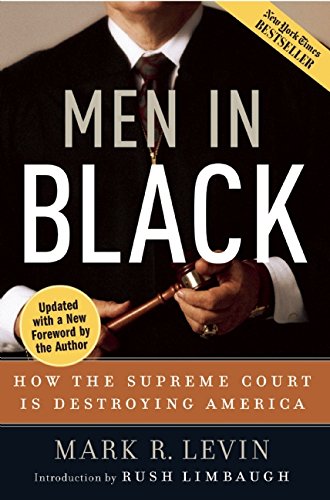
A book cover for Men in Black: How the Supreme Court Is Destroying America; Mark R. Levin; Law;